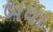
બધા